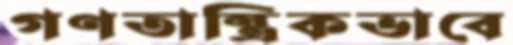
গণতান্ত্রিকভাবে